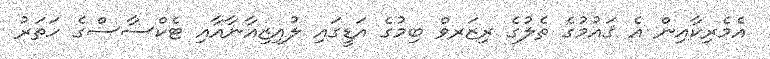
އެމެރިކާއިން އެ ޤައުމުގެ ތެލުގެ ރިޒަރވް ބިމުގެ އަޑީގައި ލުއިޒިއާނާއާއި ޓެކްސާސްގެ ހަތަރު